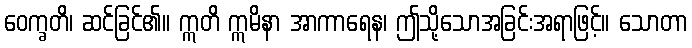
ဝေက္ခတိ၊ ဆင်ခြင်၏။ ဣတိ ဣမိနာ အာကာရေန၊ ဤသို့သောအခြင်းအရာဖြင့်။ သောတာ